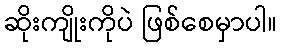
ဆိုးကျိုးကိုပဲ ဖြစ်စေမှာပါ။